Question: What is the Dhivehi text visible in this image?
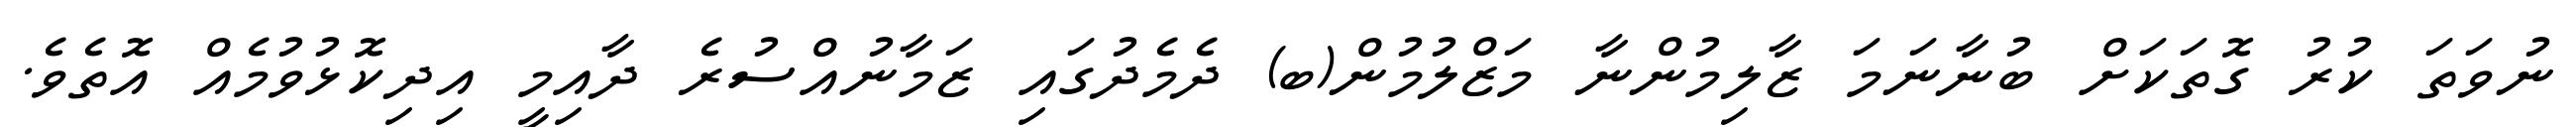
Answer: ނުވަތަ ކުރު ގޮތަކަށް ބުނާނަމަ ޒާލިމުންނާ މަޒްލުމުން(ބ) ދެމެދުގައި ޒަމާނުއްސުރެ ދާއިމީ އިދިކޮޅުވުމެއް އޮތެވެ.